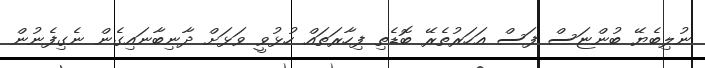
ނުލިބެޔޭ ބުންޏަސް ފަސް އަހަރުތެރޭ ބޮޑެތި ފިހާރަތައް ހުޅުވީ ވަޅަށް ދާނިބާނައިގެން ނެގިފެނުން